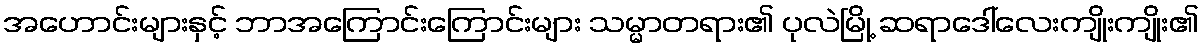
အဟောင်းများနှင့် ဘာအကြောင်းကြောင်းများ သမ္မာတရား၏ ပုလဲမြို့ ဆရာဒေါ်လေးကျိုးကျိုး၏